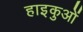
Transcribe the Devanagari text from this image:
हाइकुओं